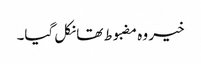
خیر وہ مضبوط تھا نکل گیا۔